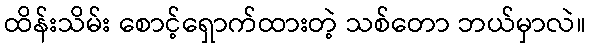
ထိန်းသိမ်း စောင့်ရှောက်ထားတဲ့ သစ်တော ဘယ်မှာလဲ။